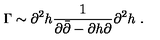
\Gamma \sim \partial ^ { 2 } h \frac { 1 } { \partial \bar { \partial } - \partial h \partial } \partial ^ { 2 } h \ .